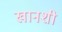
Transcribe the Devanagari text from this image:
खानशी